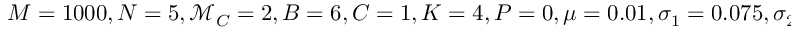
M = 1 0 0 0 , N = 5 , \mathcal { M } _ { C } = 2 , B = 6 , C = 1 , K = 4 , P = 0 , \mu = 0 . 0 1 , \sigma _ { 1 } = 0 . 0 7 5 , \sigma _ { 2 } = 0 . 0 3 , T _ { \mathrm { ~ e ~ n ~ d ~ } } = 2 0 0 0 0 0 0 0